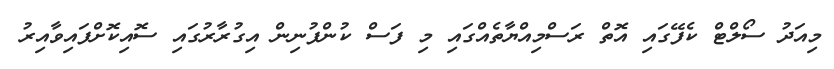
މިއަދު ސޯލްޓް ކެފޭގައި އޮތް ރަސްމިއްޔާތެއްގައި މި ފަސް ކުންފުނިން އިގުރާރުގައި ސޮއިކޮށްފައިވާއިރު